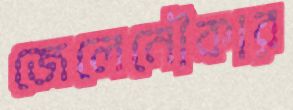
জেলেনৌকার